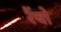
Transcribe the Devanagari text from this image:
रैंचो